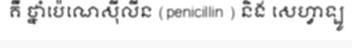
គឺ ថ្នាំប៉េណេស៊ីលីន (penicillin ) និង សេហ្វាឡូ